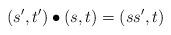
LaTeX: \begin{align*}(s',t') \bullet (s,t) = (ss',t)\end{align*}